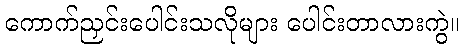
ကောက်ညှင်းပေါင်းသလိုများ ပေါင်းတာလားကွဲ။